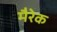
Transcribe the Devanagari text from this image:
मैरेक